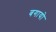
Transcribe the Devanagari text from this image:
बगायो